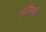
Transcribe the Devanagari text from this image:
लतीफची